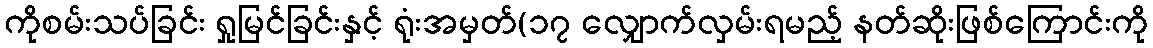
ကိုစမ်းသပ်ခြင်း ရှုမြင်ခြင်းနှင့် ရုံးအမှတ်(၁၇ လျှောက်လှမ်းရမည့် နတ်ဆိုးဖြစ်ကြောင်းကို